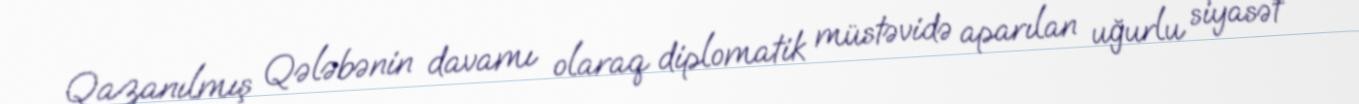
Qazanılmış Qələbənin davamı olaraq diplomatik müstəvidə aparılan uğurlu siyasət